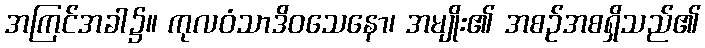
အကြင်အခါ၌။ ကုလဝံသာဒိဝသေနော၊ အမျိုး၏ အစဉ်အစရှိသည်၏